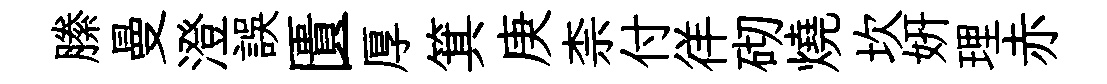
縢曼澄誤匱厚箕庚柰付徉砌燒坎妍理赤